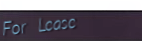
For Lease